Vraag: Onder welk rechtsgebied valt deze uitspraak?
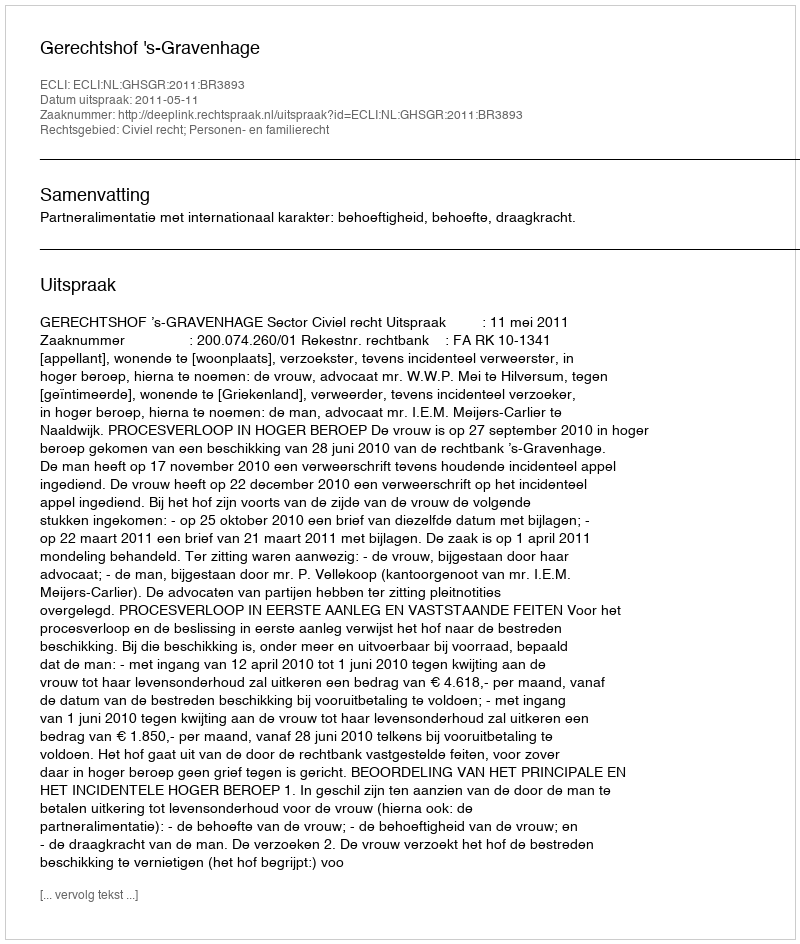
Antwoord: Civiel recht; Personen- en familierecht